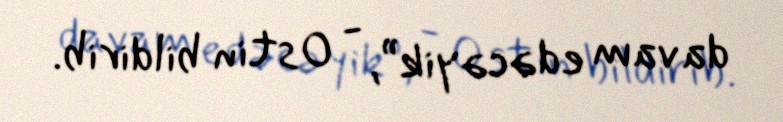
davam edəcəyik”, - Ostin bildirib.